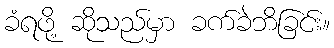
ခံရဖို့ ဆိုသည်မှာ ခက်ခဲဘိခြင်း။